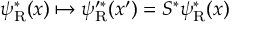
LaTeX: \psi _ { \mathrm { { R } } } ^ { * } ( x ) \mapsto \psi _ { \mathrm { { R } } } ^ { \prime * } ( x ^ { \prime } ) = S ^ { * } \psi _ { \mathrm { { R } } } ^ { * } ( x )